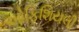
ઓફિશિયલી